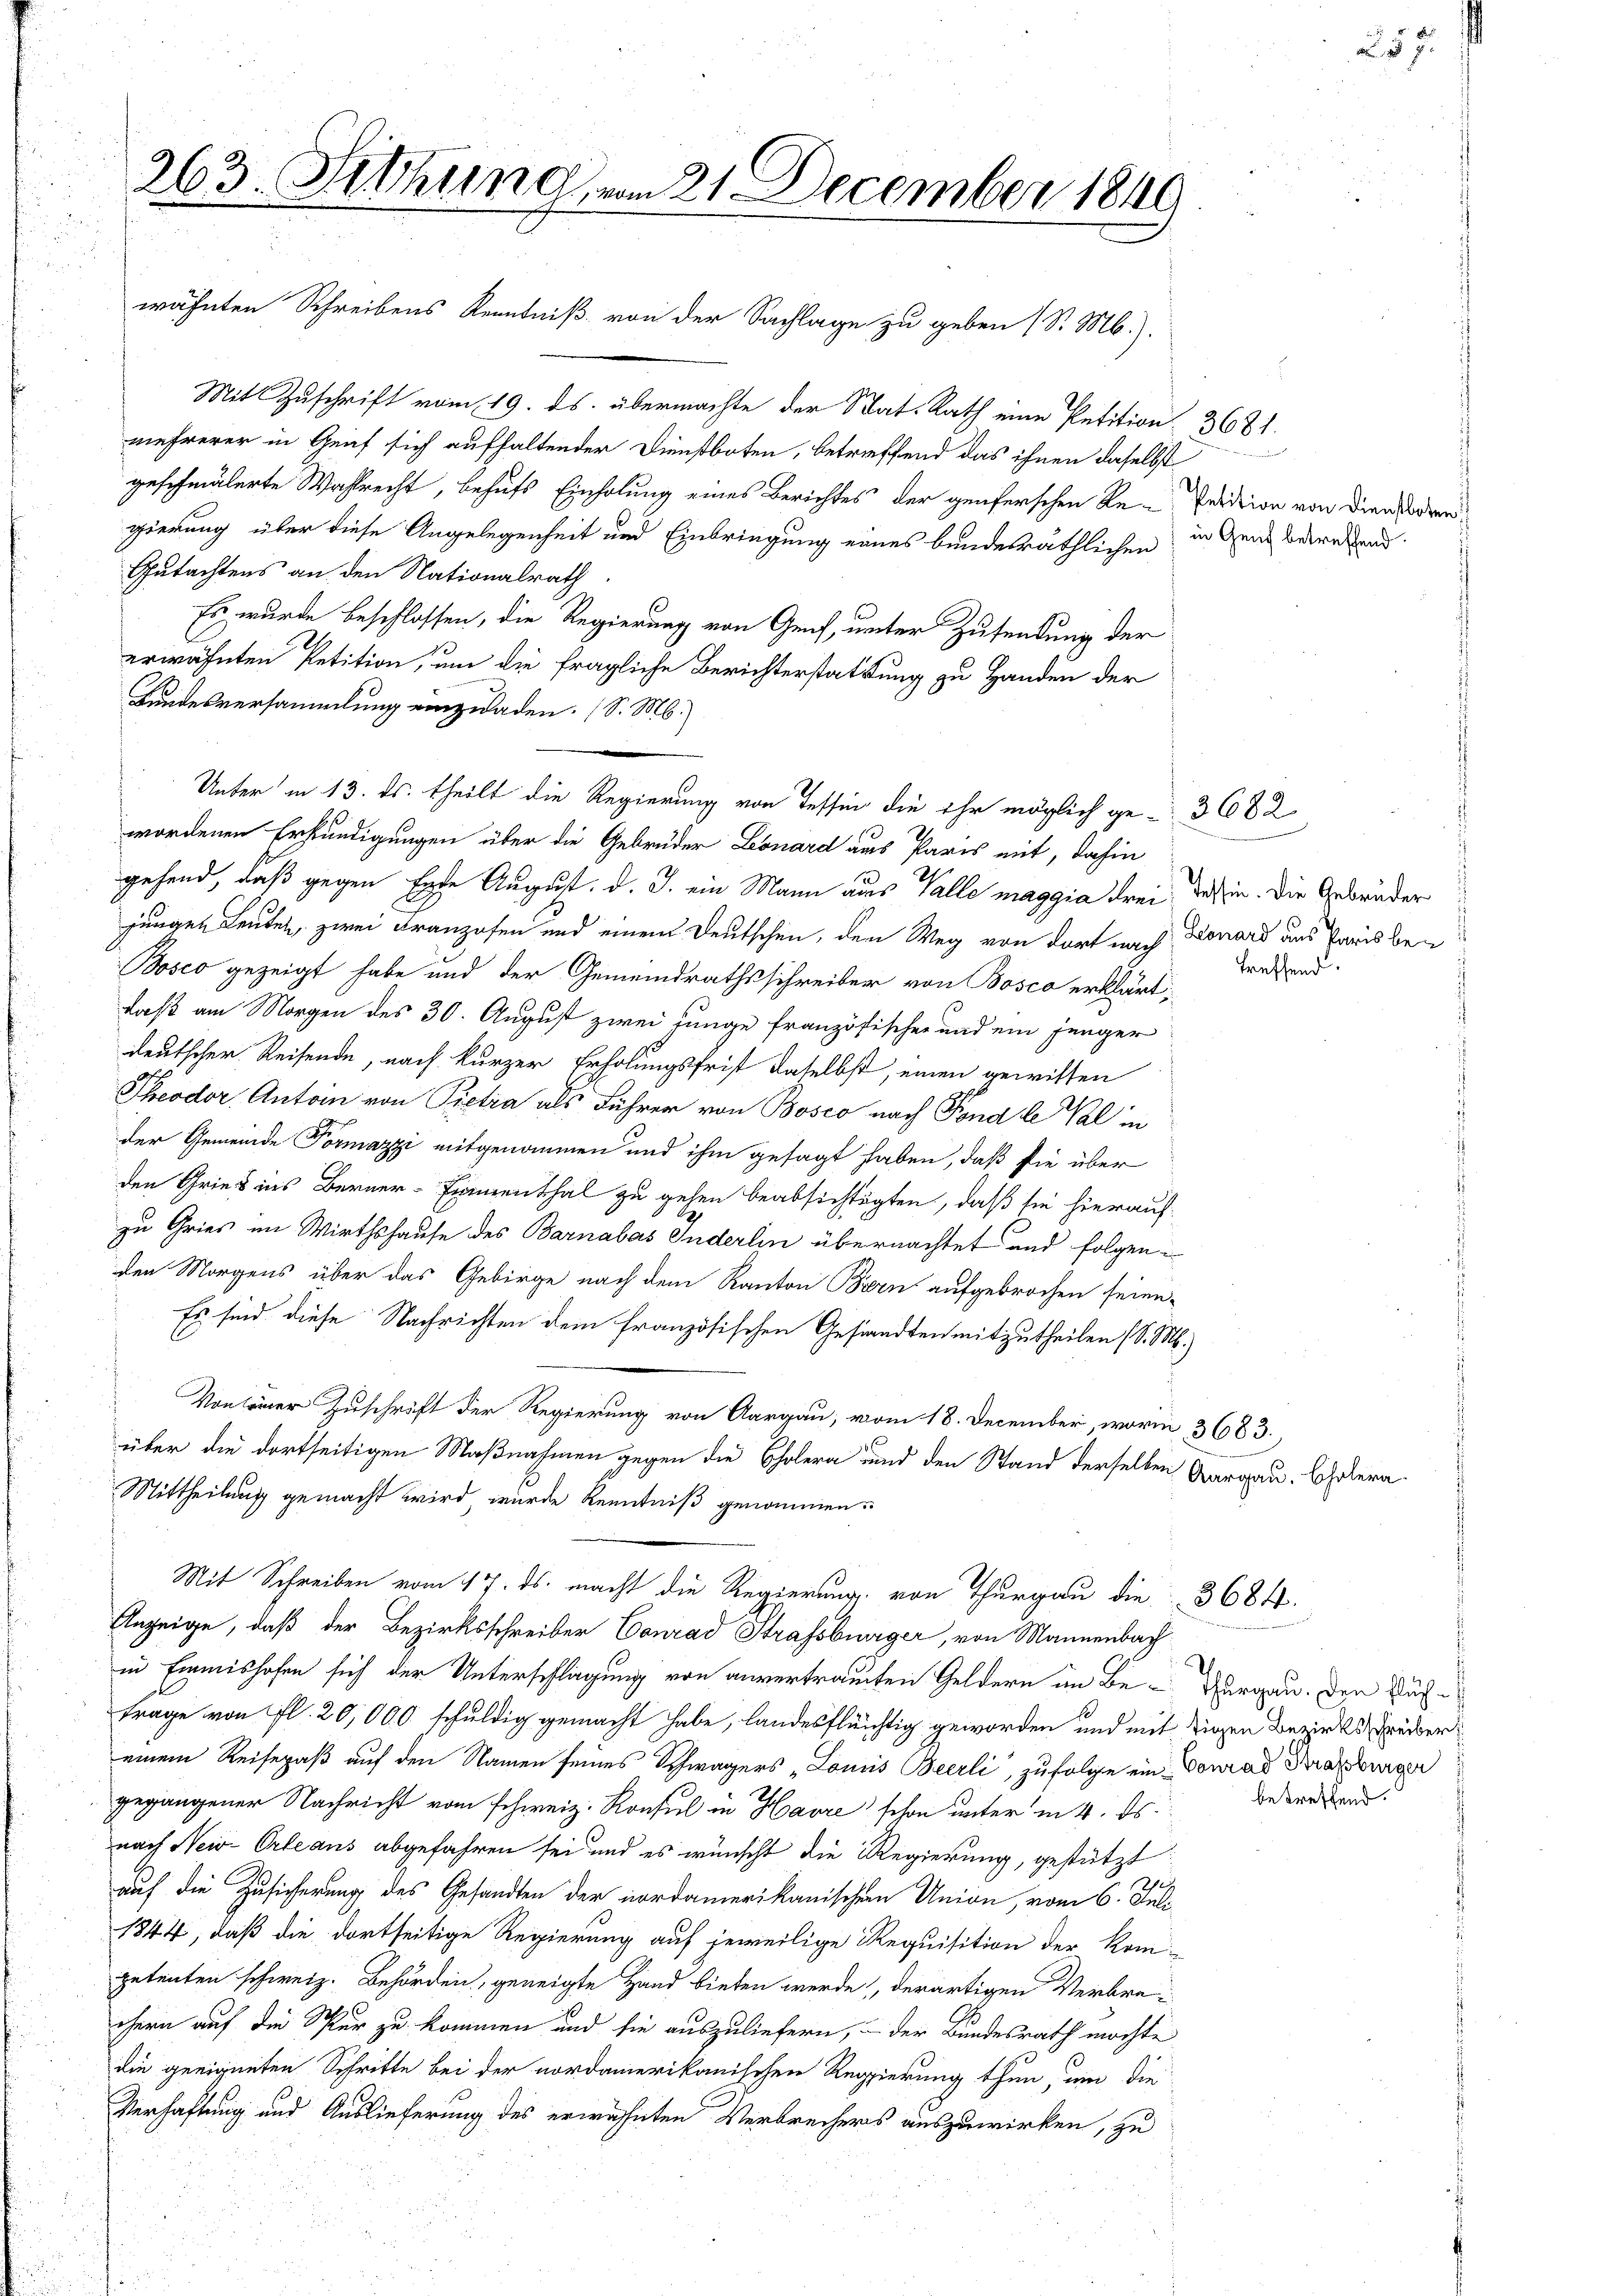
263. Sitzung am 21 December 1840

wähnten Schreibens Kenntniß von der Sachlage zu geben (S. M.).

Mit Zuschrift vom 19. ds. übermachte der Stat. Rath eine Petition
mehrerer in Genf sich aufhaltender Dienstboten, betreffend das ihnen daselbst
geschmälerte Wahlrecht, behufs Einholung eines Berichtes der genferschen Re-Pedition von dien den
gierung über diese Angelegenheit und Einbringung eines bundesräthlichen
Gutachtens an den Nationalrath
Es wurde beschlossen, die Regierung von Genf, unter Zusendung der
erwähnten Petition, um die fragliche Berichterstattung zu Handen der
Bundesversammlung einzuladen. (S. M.
Unter in 13. ds. theilt die Regierung von Tessin die ihr möglich ge-3682
wordenen Erkundigungen über die Gebrüder Leonard aus Paris mit, dahin
gehend, daß gegen Ende August. d. J. ein Mann aus Valle maggia drei dessin. Die Gebrüder
jungen Leuten, zwei Franzosen und einem Deutschen, den Weg von dort nach Donard aus Paris be¬
Bosco gezeigt habe und der Gemeindrathsschreiber von Bosco erklärt,
daß am Morgen des 30. August zwei junge französischer und ein jünger
deutscher Reisende, nach kurzer Erholungsfrist daselbst, einen gewissen
Theodor Anton von Pietia als Führer von Bosco nach Fond le Val in
der Gemeinde Formazzi mitgenommen und ihm gesagt haben, daß sie über
den Gries ins Berner-Examenthal zu gehen beabsichtigten, daß sie hierauf
zu Gries im Wirthshause des Barnabas Inderlin übernachtet und folgenden Morgens über das Gebirge nach dem Kanton Biern aufgebrochen seien,
Es sind diese Nachrichten dem französischen Gesandten mitzutheilen (S. M.)
Von einer Zuschrift der Regierung von Aargau, vom 18. December, worin 3683.
über die dortseitigen Maßnahmen gegen die Cholera und den Stand derselben Aargau. Ehelern
Mittheilung gemacht wird wurde Kenntniß genommen.
Mit Schreiben vom 17. ds. macht die Regierung von Thurgau die 3684.
Anzeige, daß der Bezirksschreiber Conrad Strassburger, von Mannenbach
in Einmishofen sich der Unterschlagung von anvertrauten Geldern in Be-Purgau. Den Nußtrage von fl. 20,000 schuldig gemacht habe, landesflüchtig geworden und mit Tigen Bezirks Brüder
einem Reisepaß auf den Namen seines Schwagers „Louis Beerli, zufolge ein Conrad Kraßburgen
gegangener Nachricht vom schweiz. Konsul in Havre schon unter in 4. ds.
nach Nei Orleans abgefahren sei und es wünscht die Regierung, gestützt
auf die Zusicherung des Gesandten der nordamerikanischen Union, vom 6. Juli¬
1844, daß die dortseitige Regierung auf jeweilige Requisition der Kom-
petenten schweiz. Behörden, geneigte Hand bieten werde, derartigen Verbrechern auf die Spur zu kommen und sie auszuliefern, – der Bundesrath möchte
die geeigneten Schritte bei der nordamerikanischen Regierung thun, um die
Verhaftung und Auslieferung des erwähnten Verbrechers auszuwirken, zu

3681.
e
in Genf betreffend.

257.

treffend.

betreffend.